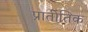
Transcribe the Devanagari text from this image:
प्रातीतिक